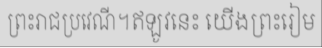
ព្រះរាជប្រវេណី។ឥឡូវនេះ យើងព្រះរៀម